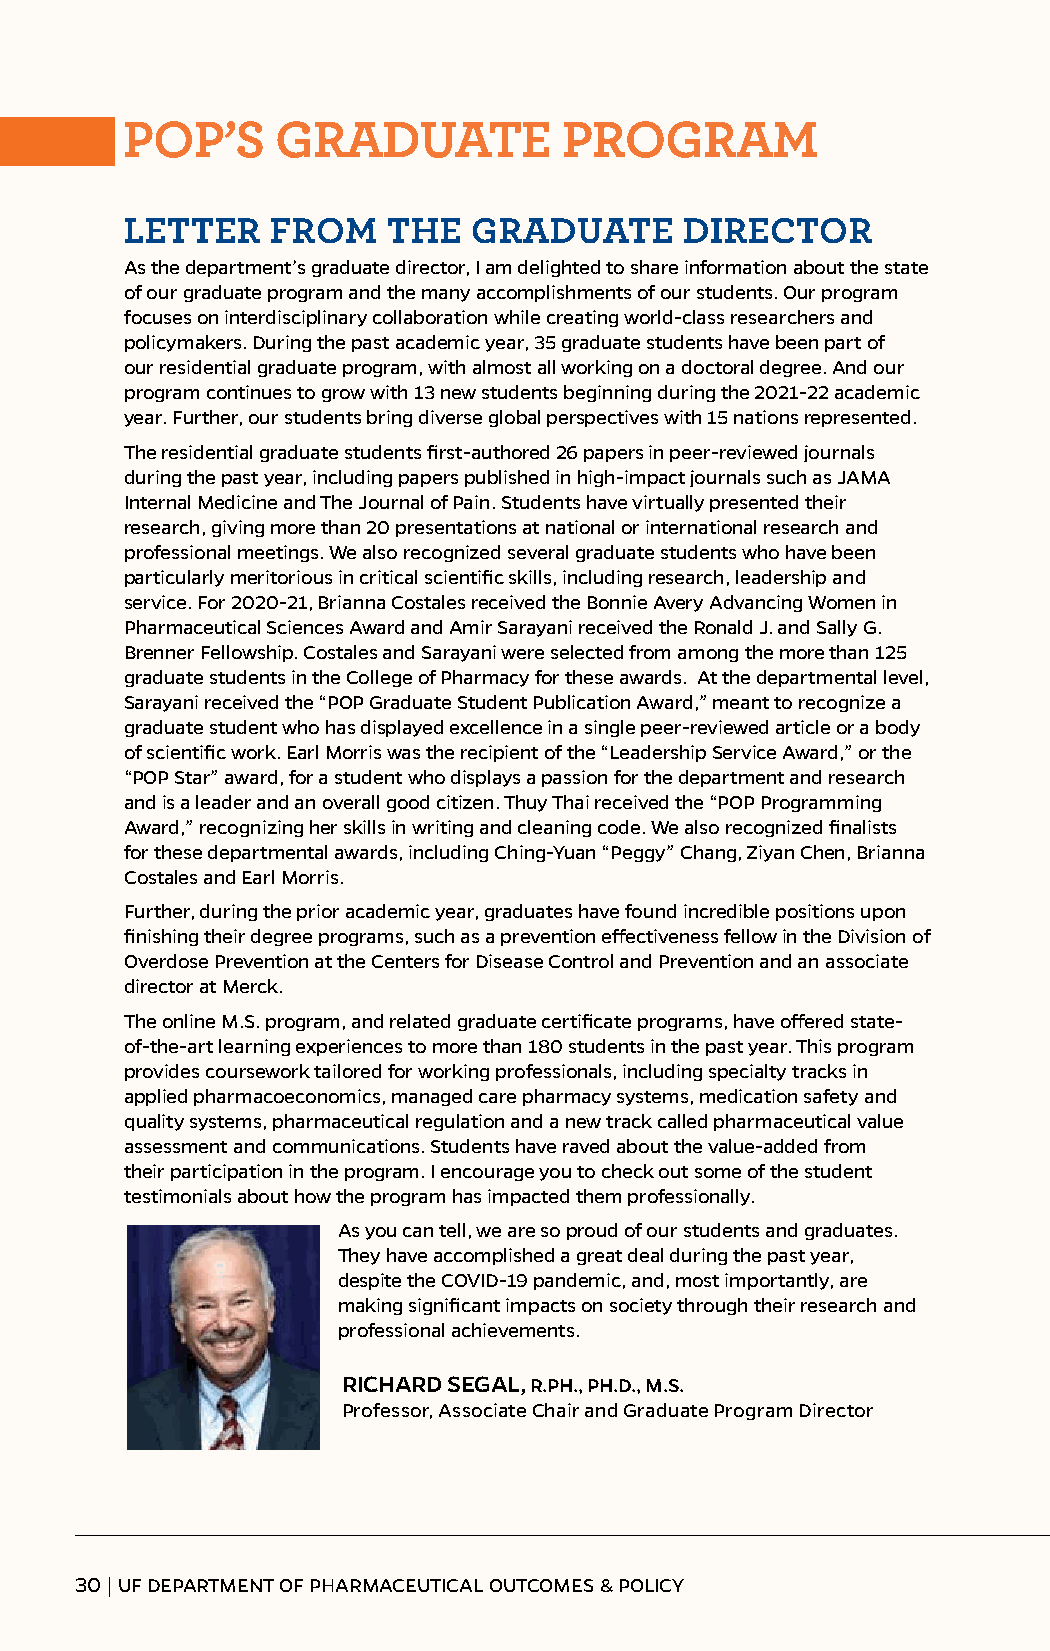
POP’S     GRADUATE           PROGRAM
 LETTER    FROM    THE  GRADUATE      DIRECTOR
 As the department’s graduate director, I am delighted to share information about the state
 of our graduate program and the many accomplishments of our students. Our program
 focuses on interdisciplinary collaboration while creating world-class researchers and
 policymakers. During the past academic year, 35 graduate students have been part of
 our residential graduate program, with almost all working on a doctoral degree. And our
 program continues to grow with 13 new students beginning during the 2021-22 academic
 year. Further, our students bring diverse global perspectives with 15 nations represented.
 The residential graduate students first-authored 26 papers in peer-reviewed journals
 during the past year, including papers published in high-impact journals such as JAMA
 Internal Medicine and The Journal of Pain. Students have virtually presented their
 research, giving more than 20 presentations at national or international research and
 professional meetings. We also recognized several graduate students who have been
 particularly meritorious in critical scientific skills, including research, leadership and
 service. For 2020-21, Brianna Costales received the Bonnie Avery Advancing Women in
 Pharmaceutical Sciences Award and Amir Sarayani received the Ronald J. and Sally G.
 Brenner Fellowship. Costales and Sarayani were selected from among the more than 125
 graduate students in the College of Pharmacy for these awards. At the departmental level,
 Sarayani received the “POP Graduate Student Publication Award,” meant to recognize a
 graduate student who has displayed excellence in a single peer-reviewed article or a body
 of scientific work. Earl Morris was the recipient of the “Leadership Service Award,” or the
 “POP Star” award, for a student who displays a passion for the department and research
 and is a leader and an overall good citizen. Thuy Thai received the “POP Programming
 Award,” recognizing her skills in writing and cleaning code. We also recognized finalists
 for these departmental awards, including Ching-Yuan “Peggy” Chang, Ziyan Chen, Brianna
 Costales and Earl Morris.
 Further, during the prior academic year, graduates have found incredible positions upon
 finishing their degree programs, such as a prevention effectiveness fellow in the Division of
 Overdose Prevention at the Centers for Disease Control and Prevention and an associate
 director at Merck.
 The online M.S. program, and related graduate certificate programs, have offered state-
 of-the-art learning experiences to more than 180 students in the past year. This program
 provides coursework tailored for working professionals, including specialty tracks in
 applied pharmacoeconomics, managed care pharmacy systems, medication safety and
 quality systems, pharmaceutical regulation and a new track called pharmaceutical value
 assessment and communications. Students have raved about the value-added from
 their participation in the program. I encourage you to check out some of the student
 testimonials about how the program has impacted them professionally.
 As you can tell, we are so proud of our students and graduates.
 They have accomplished a great deal during the past year,
 despite the COVID-19 pandemic, and, most importantly, are
 making significant impacts on society through their research and
 professional achievements.
 RICHARD SEGAL, R.PH., PH.D., M.S.
 Professor, Associate Chair and Graduate Program Director
 30 | UF DEPARTMENT OF PHARMACEUTICAL OUTCOMES & POLICY